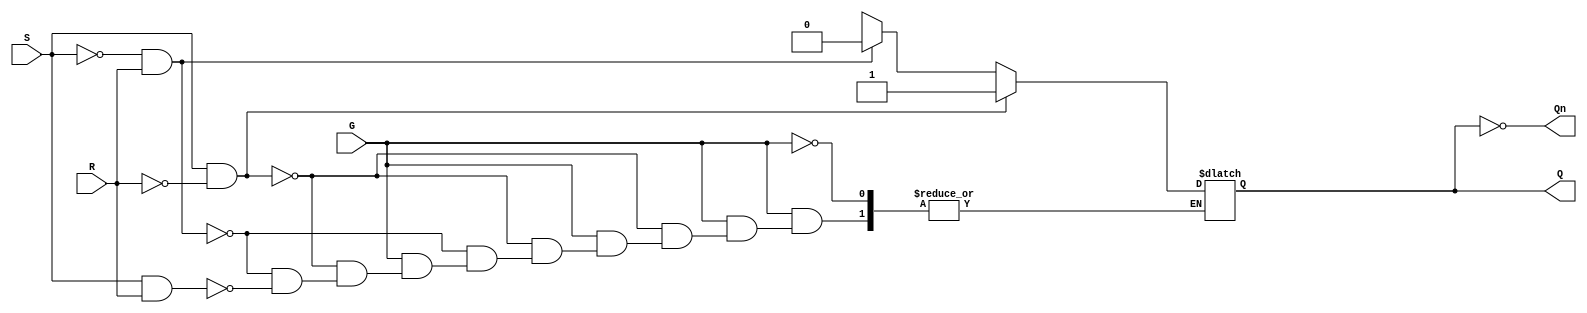
module gated_sr_latch (
    input wire S,      // Set input
    input wire R,      // Reset input
    input wire G,      // Gate input
    output reg Q,      // Output
    output wire Qn     // Complement of output
);

    assign Qn = ~Q; // Q' is the complement of Q

    always @(*) begin
        if (G) begin
            if (S && ~R) begin
                Q = 1; // Set Q to 1
            end else if (~S && R) begin
                Q = 0; // Reset Q to 0
            end else if (S && R) begin
                // Indeterminate state, typically avoided
                Q = 1'bx; // Can be set to 'x' to indicate indeterminate
            end
            // If S and R are both low, Q retains its previous state
        end
        // If G is low, Q retains its previous state
    end

endmodule